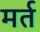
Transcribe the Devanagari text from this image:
मर्त